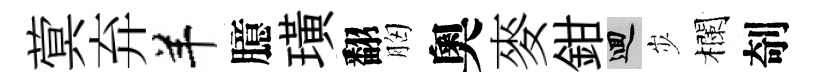
蓂弃羊臆璜翻胸奧麥鉗回𡵯欄剞